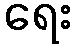
ရေး